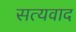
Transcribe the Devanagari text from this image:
सत्यवाद